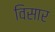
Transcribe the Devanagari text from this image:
विसार